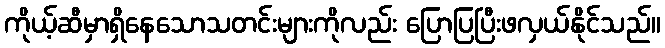
ကိုယ့်ဆီမှာရှိနေသောသတင်းများကိုလည်း ပြောပြပြီးဖလှယ်နိုင်သည်။